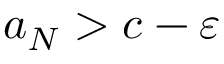
a _ { N } > c - \varepsilon